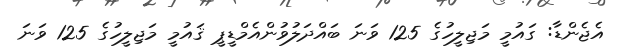
އެޖެންޑާ: ގައުމީ މަޖިލީހުގެ 125 ވަނަ ބައްދަލުވުންއެމްޑީޕީ ޤައުމީ މަޖިލީހުގެ 125 ވަނަ